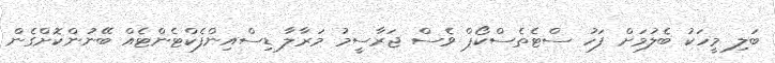
ބަލި މީހަކު ބެލުމަށް ފަހު ސްޓެތެސްކޯޕް ވެސް ޖަރާސީމު މަރާލާ ޑިސްއިންފެކްޓެންޓެއް ބޭނުންކޮށްގެން